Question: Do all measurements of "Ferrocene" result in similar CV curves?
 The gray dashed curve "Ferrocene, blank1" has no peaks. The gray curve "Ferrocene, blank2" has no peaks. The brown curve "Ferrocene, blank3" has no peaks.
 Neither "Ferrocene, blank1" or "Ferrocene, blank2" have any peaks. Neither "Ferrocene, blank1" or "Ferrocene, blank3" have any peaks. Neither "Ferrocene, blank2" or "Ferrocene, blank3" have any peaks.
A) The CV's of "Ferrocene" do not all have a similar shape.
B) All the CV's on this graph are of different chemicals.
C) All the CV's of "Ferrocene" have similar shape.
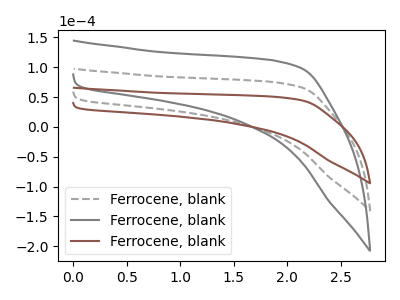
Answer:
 <answer>C) All the CV's of "Ferrocene" have similar shape.</answer>
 <eval>C</eval>